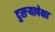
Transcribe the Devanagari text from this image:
दुसऱ्यापेक्षा